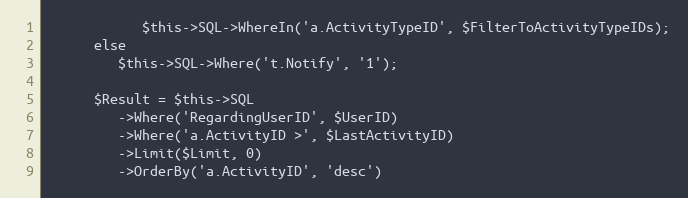
Language: PHP
			$this->SQL->WhereIn('a.ActivityTypeID', $FilterToActivityTypeIDs);
      else
         $this->SQL->Where('t.Notify', '1');

      $Result = $this->SQL
         ->Where('RegardingUserID', $UserID)
         ->Where('a.ActivityID >', $LastActivityID)
         ->Limit($Limit, 0)
         ->OrderBy('a.ActivityID', 'desc')